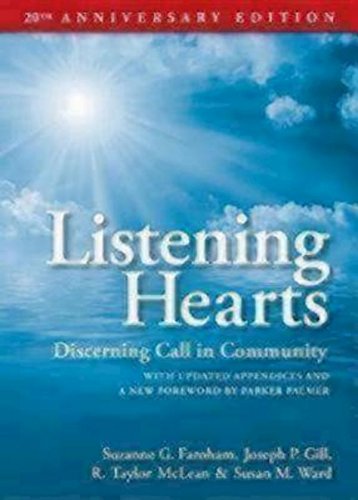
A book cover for Listening Hearts 20th Anniversary Edition: Discerning Call in Community; Suzanne G. Farnham; Christian Books & Bibles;